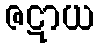
ဇဋာယ